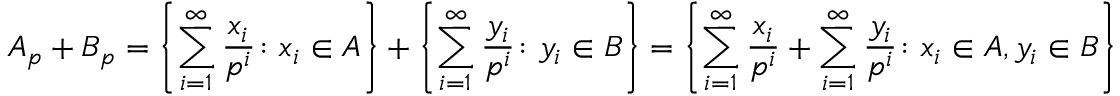
A _ { p } + B _ { p } = \left\{ \sum _ { i = 1 } ^ { \infty } \frac { x _ { i } } { p ^ { i } } \colon x _ { i } \in A \right\} + \left\{ \sum _ { i = 1 } ^ { \infty } \frac { y _ { i } } { p ^ { i } } \colon y _ { i } \in B \right\} = \left\{ \sum _ { i = 1 } ^ { \infty } \frac { x _ { i } } { p ^ { i } } + \sum _ { i = 1 } ^ { \infty } \frac { y _ { i } } { p ^ { i } } \colon x _ { i } \in A , y _ { i } \in B \right\}